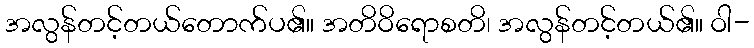
အလွန်တင့်တယ်တောက်ပ၏။ အတိဝိရောစတိ၊ အလွန်တင့်တယ်၏။ ဝါ-